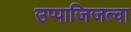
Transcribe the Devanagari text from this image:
उप्पाजिजत्वा